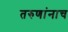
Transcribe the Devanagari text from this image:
तरुणांनाच